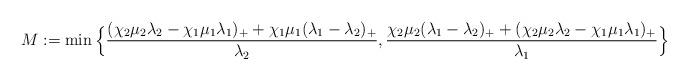
LaTeX: \begin{align*}M:=\min\Big\{ \frac{(\chi_2\mu_2\lambda_2-\chi_1\mu_1\lambda_1)_++\chi_1\mu_1(\lambda_1-\lambda_2)_+}{\lambda_2} , \frac{\chi_2\mu_2(\lambda_1-\lambda_2)_+ + (\chi_2\mu_2\lambda_2-\chi_1\mu_1\lambda_1)_+}{\lambda_1} \Big\}\end{align*}